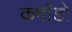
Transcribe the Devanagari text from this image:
कमाँडो